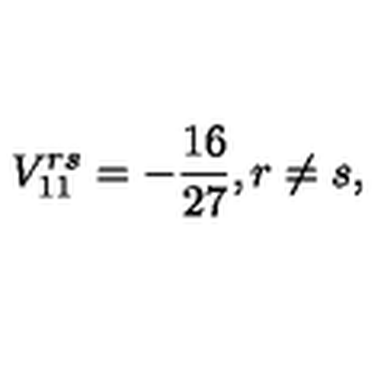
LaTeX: V _ { 1 1 } ^ { r s } = - \frac { 1 6 } { 2 7 } , r \neq s ,